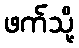
ဖက်သို့